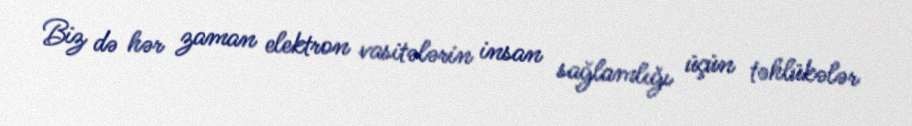
Biz də hər zaman elektron vasitələrin insan sağlamlığı üçün təhlükələr